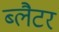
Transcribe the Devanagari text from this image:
ब्लैटर